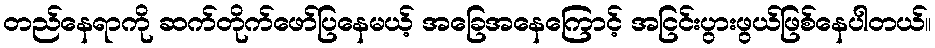
တည်နေရာကို ဆက်တိုက်ဖော်ပြနေမယ့် အခြေအနေကြောင့် အငြင်းပွားဖွယ်ဖြစ်နေပါတယ်။